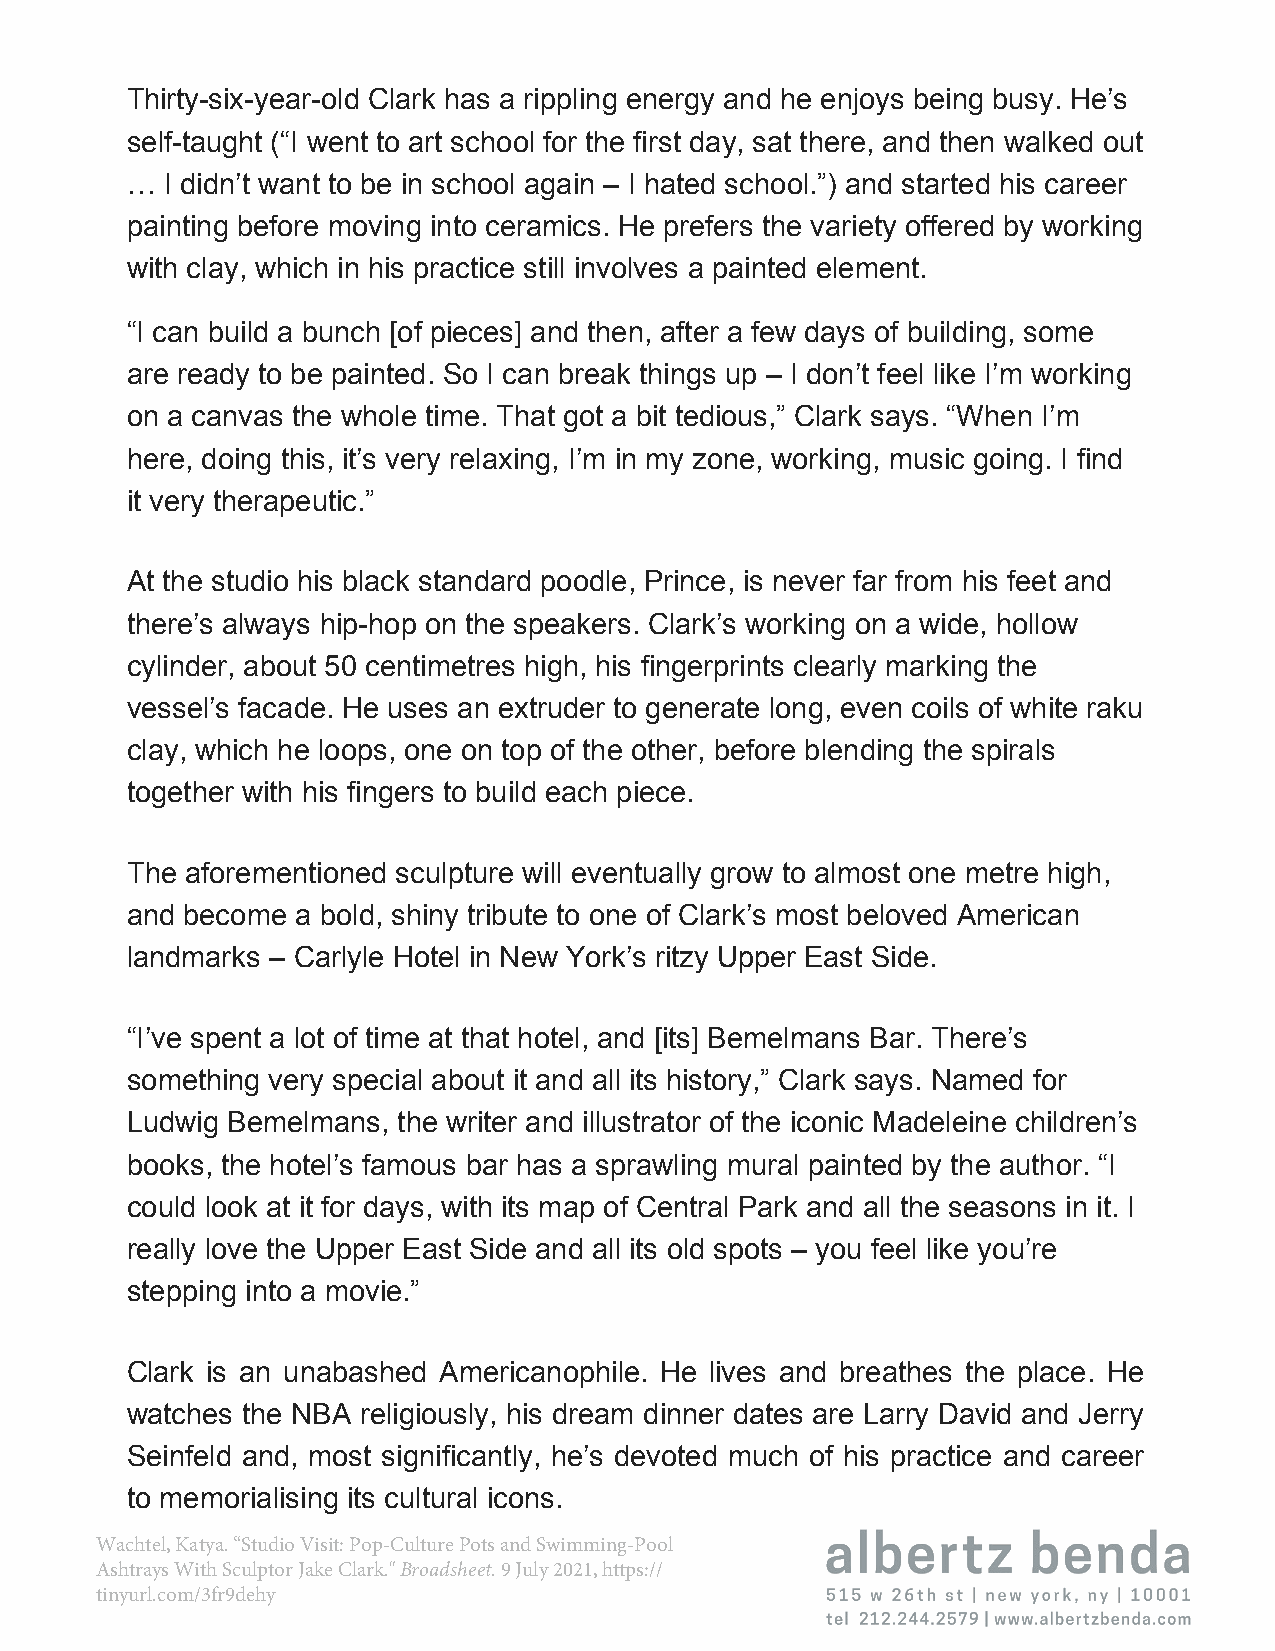
Thirty-six-year-old Clark has a rippling energy and he enjoys being busy. He’s
 self-taught (“I went to art school for the first day, sat there, and then walked out
 …  I didn’t want to be in school again – I hated school.”) and started his career
 painting before moving into ceramics. He prefers the variety offered by working
 with clay, which in his practice still involves a painted element.
 “I can build a bunch [of pieces] and then, after a few days of building, some
 are ready to be painted. So I can break things up – I don’t feel like I’m working
 on a canvas the whole time. That got a bit tedious,” Clark says. “When I’m
 here, doing this, it’s very relaxing, I’m in my zone, working, music going. I find
 it very therapeutic.”
 At the studio his black standard poodle, Prince, is never far from his feet and
 there’s always hip-hop on the speakers. Clark’s working on a wide, hollow
 cylinder, about 50 centimetres high, his fingerprints clearly marking the
 vessel’s facade. He uses an extruder to generate long, even coils of white raku
 clay, which he loops, one on top of the other, before blending the spirals
 together with his fingers to build each piece.
 The aforementioned sculpture will eventually grow to almost one metre high,
 and become  a bold, shiny tribute to one of Clark’s most beloved American
 landmarks – Carlyle Hotel in New York’s ritzy Upper East Side.
 “I’ve spent a lot of time at that hotel, and [its] Bemelmans Bar. There’s
 something very special about it and all its history,” Clark says. Named for
 Ludwig Bemelmans, the writer and illustrator of the iconic Madeleine children’s
 books, the hotel’s famous bar has a sprawling mural painted by the author. “I
 could look at it for days, with its map of Central Park and all the seasons in it. I
 really love the Upper East Side and all its old spots – you feel like you’re
 stepping into a movie.”
 Clark is an unabashed Americanophile. He lives and breathes the place. He
 watches the NBA religiously, his dream dinner dates are Larry David and Jerry
 Seinfeld and, most significantly, he’s devoted much of his practice and career
 to memorialising its cultural icons.
 Wachtel, Katya. “Studio Visit: Pop-Culture Pots and Swimming-Pool
 Ashtrays With Sculptor Jake Clark." Broadsheet. 9 July 2021, https://
 tinyurl.com/3fr9dehy